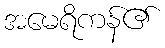
အမေရိကန်၏